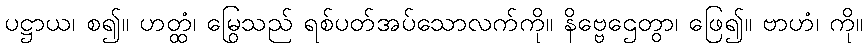
ပဋ္ဌာယ၊ စ၍။ ဟတ္ထံ၊ မြွေသည် ရစ်ပတ်အပ်သောလက်ကို။ နိဗ္ဗေဌေတွာ၊ ဖြေ၍။ ဗာဟံ၊ ကို။